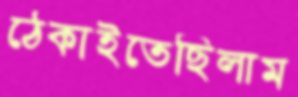
ঠেকাইতেছিলাম